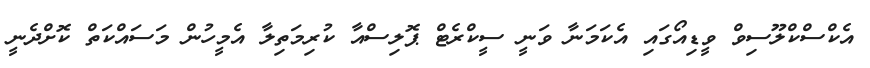
އެކްސްކްލޫސިވް ވީޑިއޯގައި އެކަމަނާ ވަނީ ސީކްރެޓް ޕޮލިސްއާ ކުރިމަތިލާ އެމީހުން މަސައްކަތް ކޮށްދެނީ